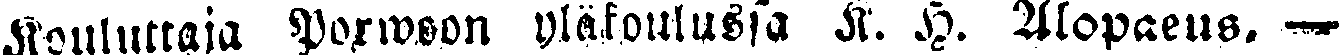
Kouluttaja Porwoon yläkoulussa K. H. Alopaeus, —